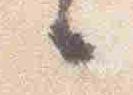
言